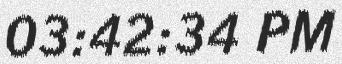
03:42:34 PM